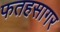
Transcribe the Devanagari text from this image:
फतहसागर